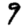
Digit: 9